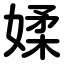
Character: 媃